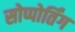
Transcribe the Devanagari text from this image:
सोप्पोर्तिंग